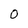
Character: O